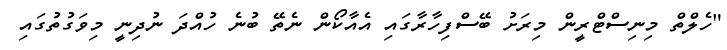
"ހެލްތް މިނިސްޓްރީން މިރަށު ބޭސްފިހާރާގައި އެއާކޯން ނެތޭ ބުނެ ހުއްދަ ނުދިނީ މިވަގުތުގައި